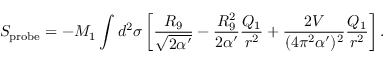
{ \cal S } _ { \mathrm { p r o b e } } = - M _ { 1 } \int d ^ { 2 } \sigma \left[ \frac { R _ { 9 } } { \sqrt { 2 \alpha ^ { \prime } } } - \frac { R _ { 9 } ^ { 2 } } { 2 \alpha ^ { \prime } } \frac { Q _ { 1 } } { r ^ { 2 } } + \frac { 2 V } { ( 4 \pi ^ { 2 } \alpha ^ { \prime } ) ^ { 2 } } \frac { Q _ { 1 } } { r ^ { 2 } } \right] .